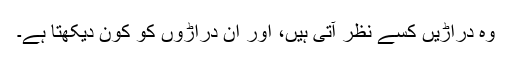
وہ دراڑیں کسے نظر آتی ہیں، اور اُن دراڑوں کو کون دیکھتا ہے۔